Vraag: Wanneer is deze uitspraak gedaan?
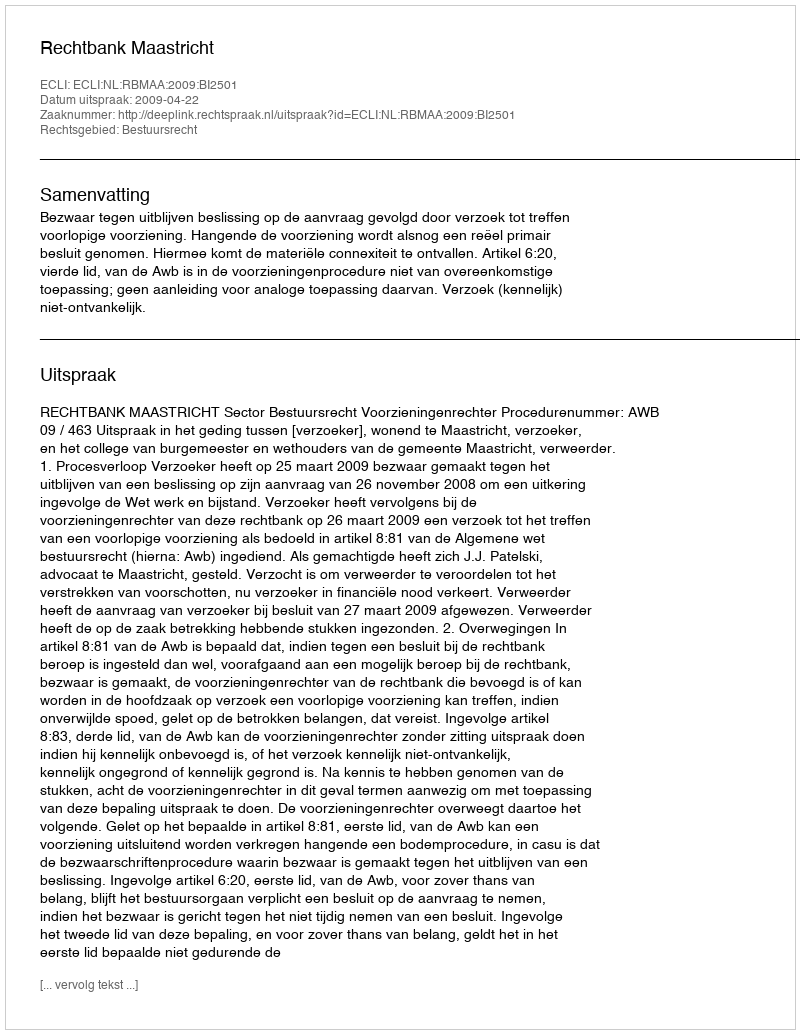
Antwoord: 2009-04-22